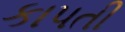
કાપતી